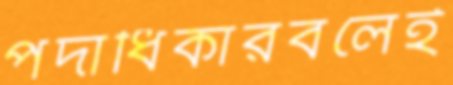
পদাধিকারবলেই